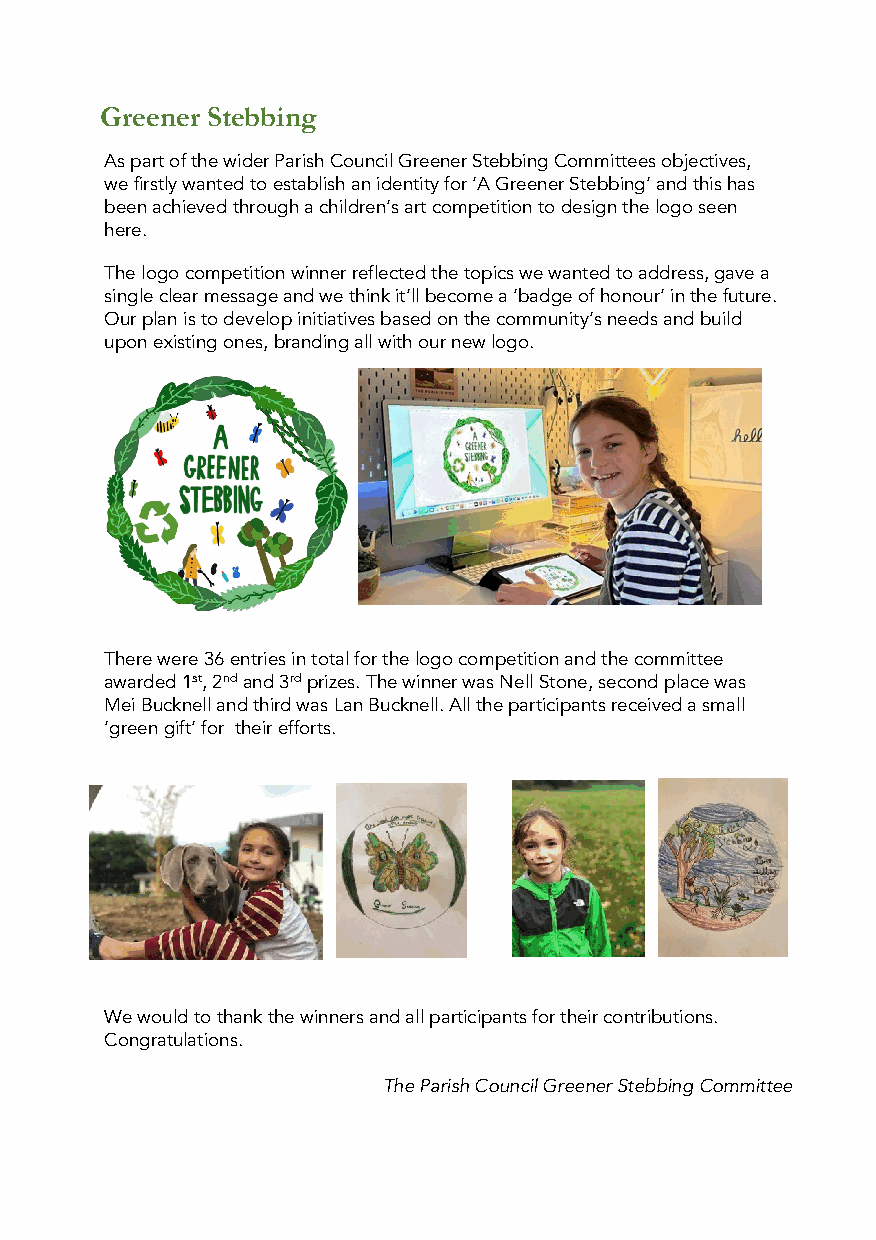
Greener Stebbing
 As part of the wider Parish Council Greener StebbingCommittees objectives,
 we firstly wanted to establish an identity for ‘A Greener Stebbing’ and this has
 been achieved through a children’s art competition to design the logo seen
 here.
 The logo competition winner reflected the topics we wanted to address, gave a
 single clear message and we think it’ll become a ‘badge of honour’ in the future.
 Our plan is to develop initiatives based on the community’s needs and build
 upon existing ones, branding all with our new logo.
 There were 36 entries in total for the logo competition and the committee
 awarded 1st, 2ndand 3rdprizes. The winner was Nell Stone, second place was
 Mei Bucknell and third was Lan Bucknell. All the participants received a small
 ‘green gift’ for their efforts.
 We would to thank the winners and all participants for their contributions.
 Congratulations.
 The Parish Council Greener StebbingCommittee